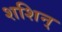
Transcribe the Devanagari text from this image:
शशिन्‌